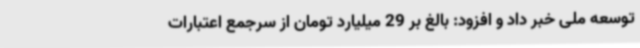
توسعه ملی خبر داد و افزود: بالغ بر 29 میلیارد تومان از سرجمع اعتبارات